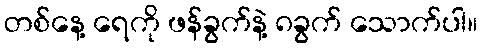
တစ်နေ့ ရေကို ဖန်ခွက်နဲ့ ၈ခွက် သောက်ပါ။